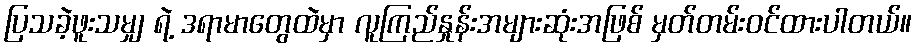
ပြသခဲ့ဖူးသမျှ ရဲ့ ဒရာမာတွေထဲမှာ လူကြည်နှုန်းအများဆုံးအဖြစ် မှတ်တမ်းဝင်ထားပါတယ်။